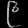
Digit: ၉